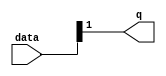
module  acl_fp_uitofp_altpriority_encoder_3v7
	( 
	data,
	q) ;
	input   [1:0]  data;
	output   [0:0]  q;
	assign
		q = {data[1]};
endmodule